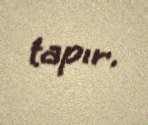
tapır.